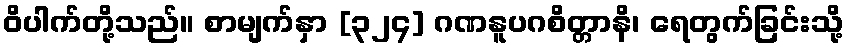
ဝိပါက်တို့သည်။ စာမျက်နှာ [၃၂၄] ဂဏနူပဂစိတ္တာနိ၊ ရေတွက်ခြင်းသို့